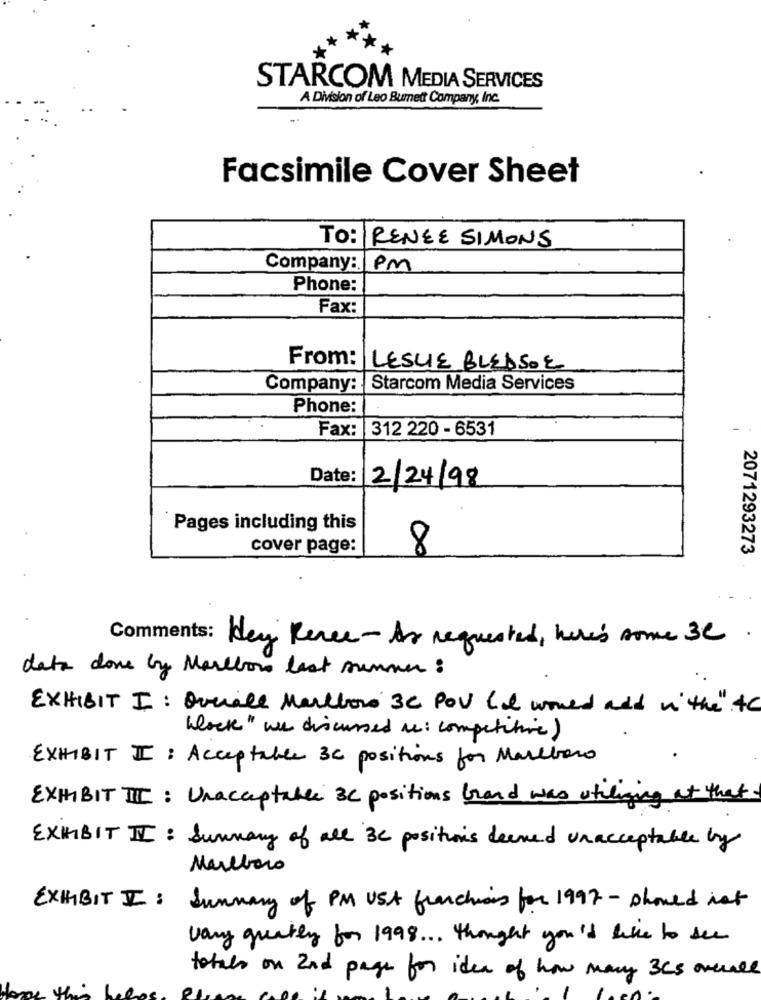
STARCOM MEDIA SERVICES
A Division of Leo Burnett Company, Inc.
Facsimile Cover Sheet
To: RENEE SIMONS
Company:
1PM
Phone:
Fax:
From:
LESLIE BLEDSOE
Company:
Starcom Media Services
Phone:
Fax: 312 220 - 6531
Date:
2/24/98
Pages including this
cover page:
8
2071293273
Comments: Hey Renee- As requested, here's some 3C
data done by Marcbon last summer :
EXHIBIT I: Overall Mallows 3C POU Co world add in the " to
block " we discussed us: competitive)
EXHIBIT I: Acceptable 3C positions for Marlboro
EXHIBIT III : Unacceptable BC positions brand was utilizing at that .
EXHIBIT II: Summary of all Be positions deened unacceptable by
Marlboro
EXHIBIT I: Summary of PM Ust franchises for 1997 - should not
vary greatly for 1998 ... thought you'd like to see
totals on 2nd page for idea of how many 3CS overall